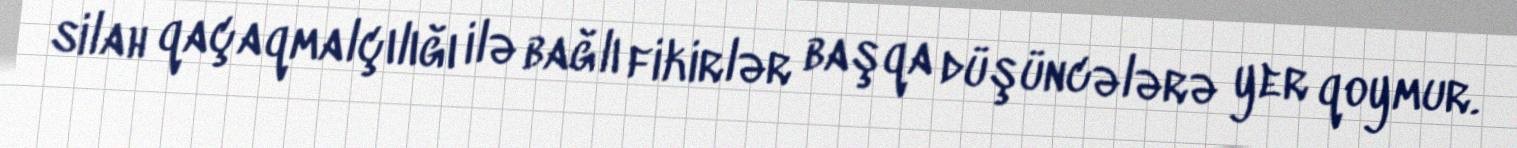
silah qaçaqmalçılığı ilə bağlı fikirlər başqa düşüncələrə yer qoymur.